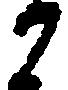
か